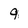
Character: 9